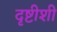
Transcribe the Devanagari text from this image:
दृष्टीशी